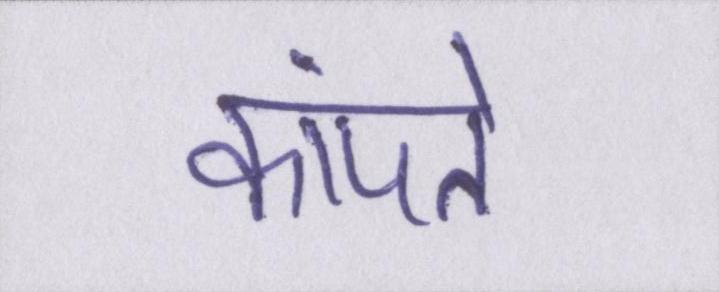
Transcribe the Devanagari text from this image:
कांपते